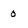
Character: 0